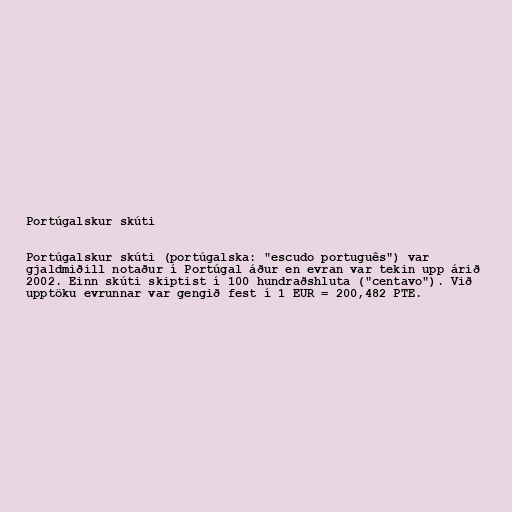
Portúgalskur skúti

Portúgalskur skúti (portúgalska: "escudo português") var
gjaldmiðill notaður í Portúgal áður en evran var tekin upp árið
2002. Einn skúti skiptist í 100 hundraðshluta ("centavo"). Við
upptöku evrunnar var gengið fest í 1 EUR = 200,482 PTE.